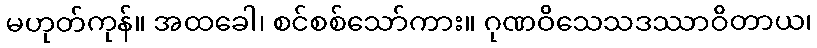
မဟုတ်ကုန်။ အထခေါ၊ စင်စစ်သော်ကား။ ဂုဏဝိသေသဒဿာဝိတာယ၊